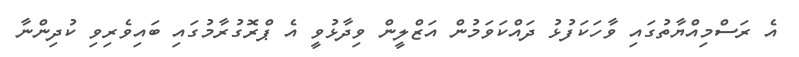
އެ ރަސްމިއްޔާތުގައި ވާހަކަފުޅު ދައްކަވަމުން އަޒްލީން ވިދާޅުވީ އެ ޕްރޮގުރާމުގައި ބައިވެރިވި ކުދިންނާ